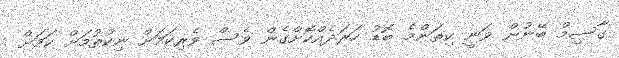
ގާސިމް ބޭނުން ވަނީ ކިތަންމެ ބޮޑު ހަރަދެއްކޮށްގެން ވެސް ވެރިކަމަށް ނިކުތުމަށް ކަމަށް